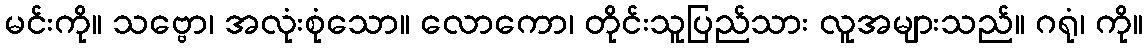
မင်းကို။ သဗ္ဗော၊ အလုံးစုံသော။ လောကော၊ တိုင်းသူပြည်သား လူအများသည်။ ဂရုံ၊ ကို။